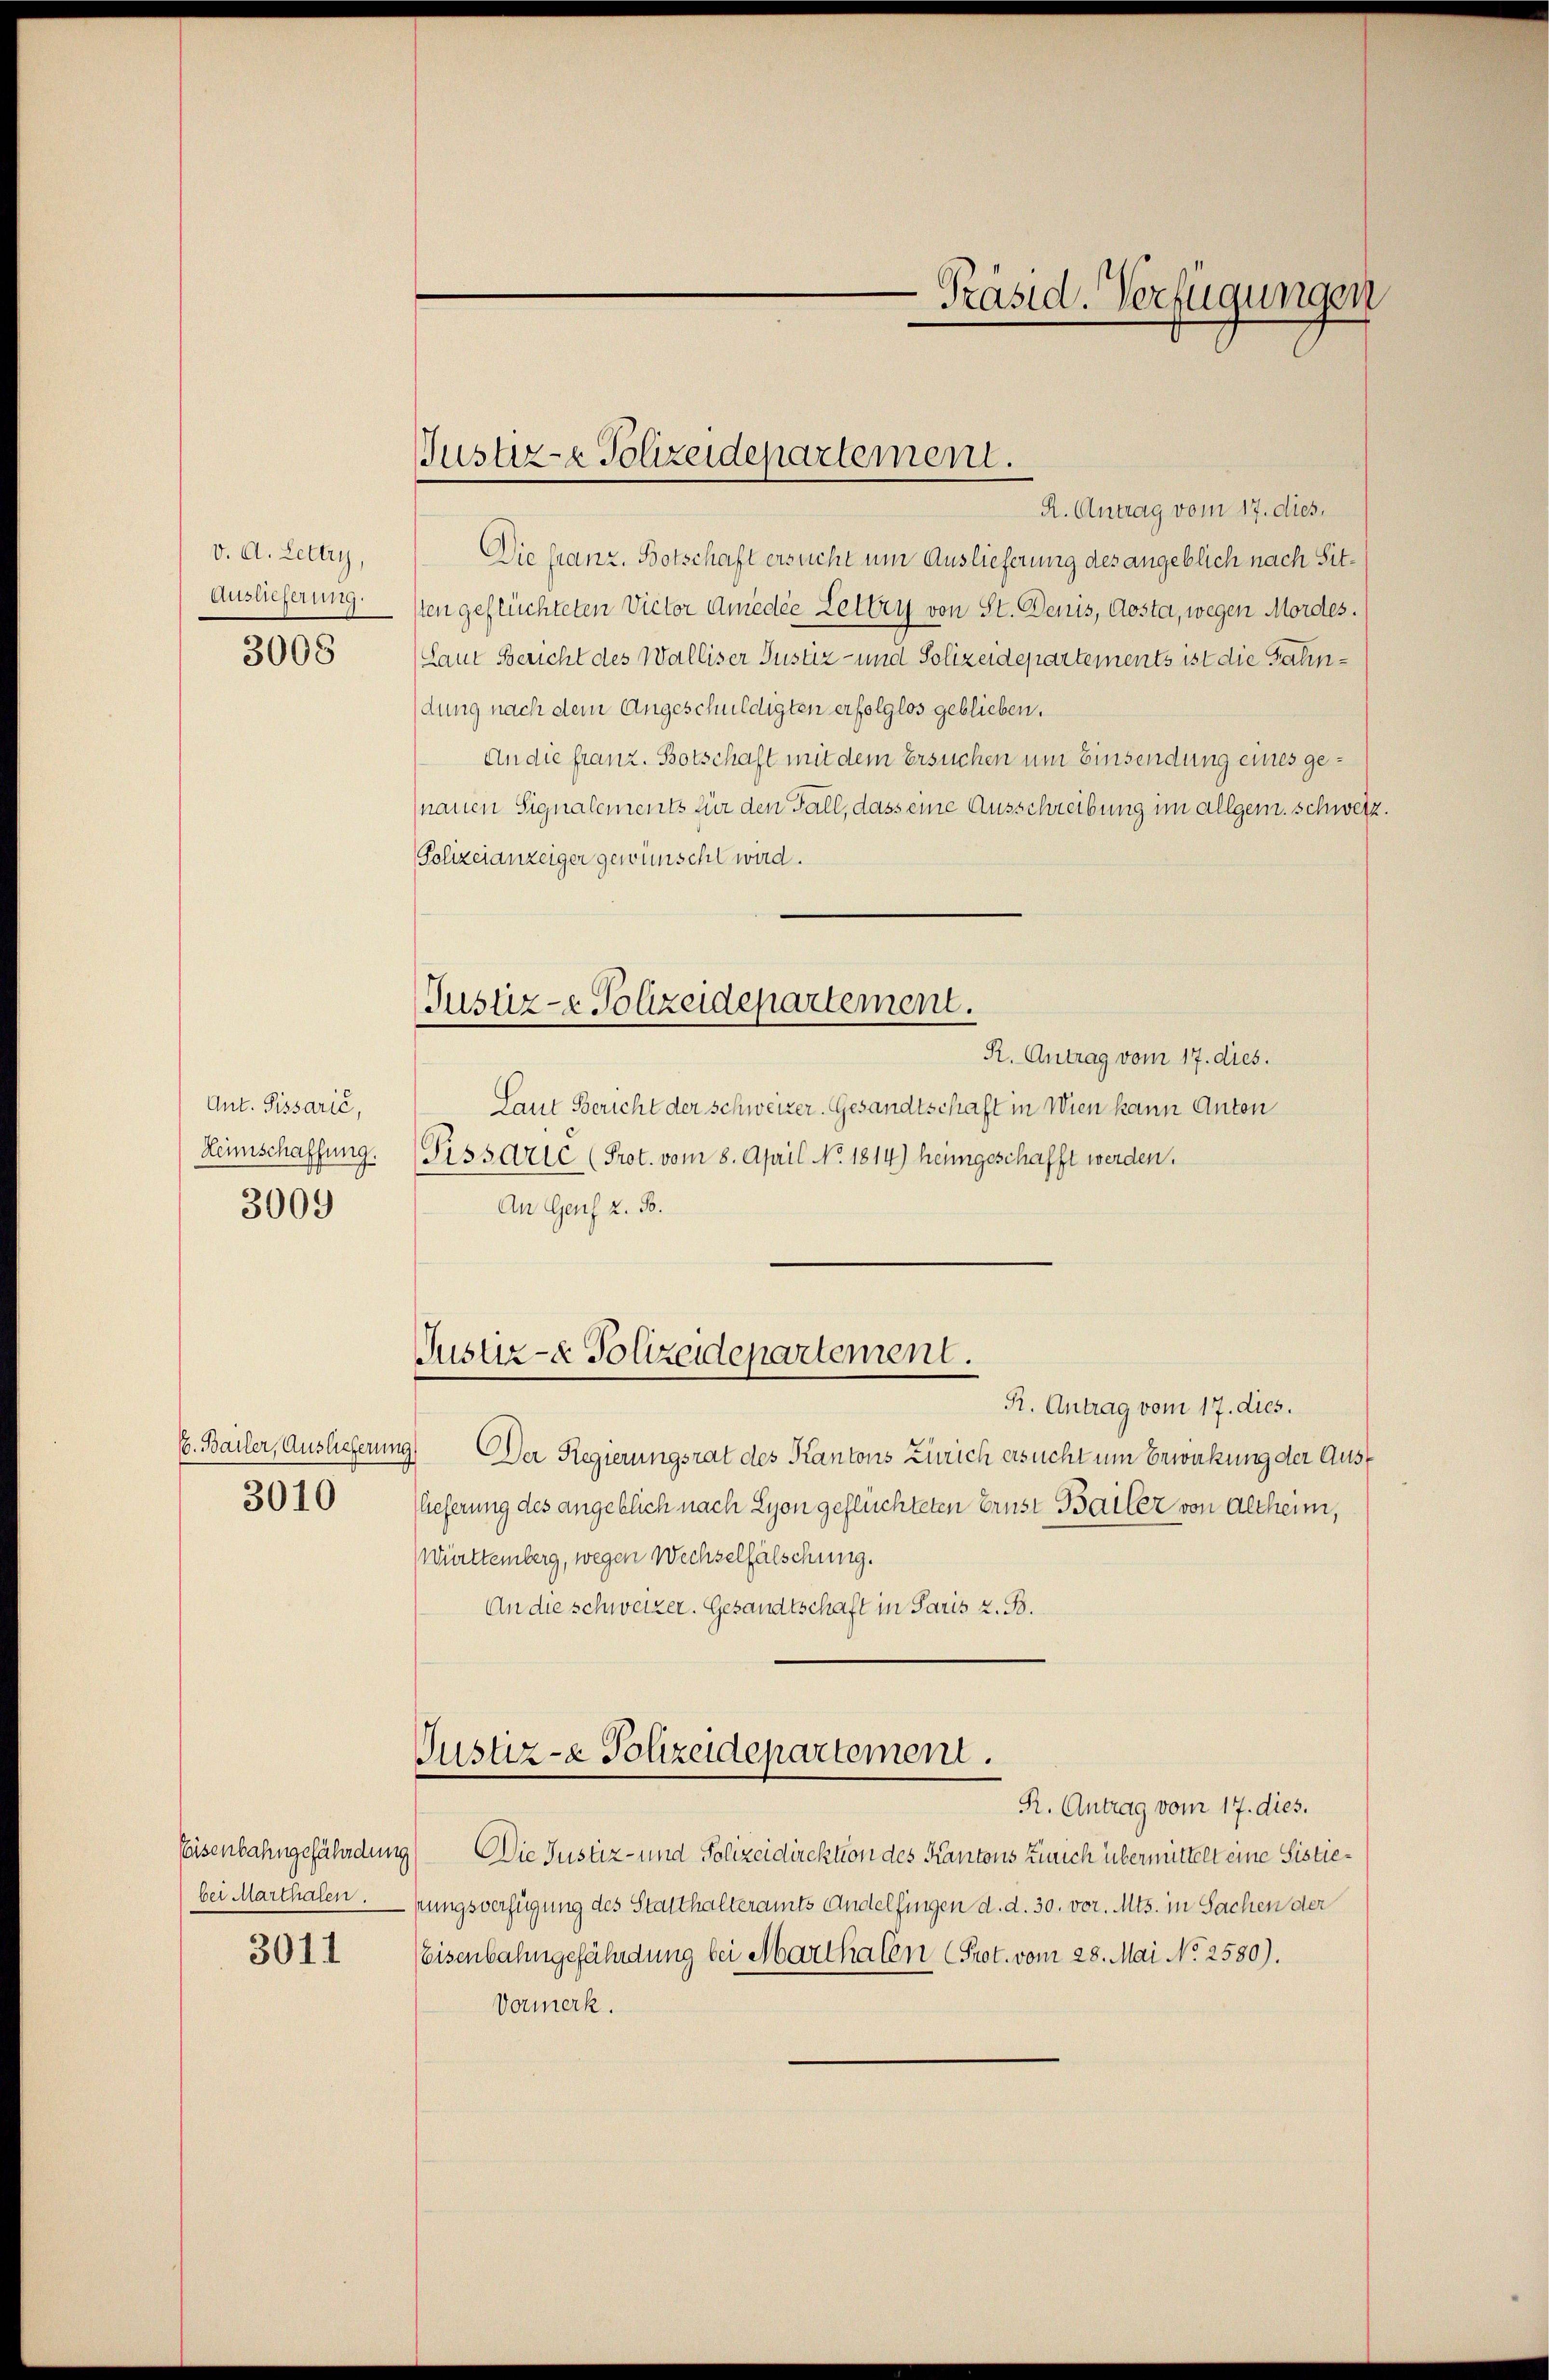
v. A. Lettry,
Auslieferung.
3008

Ant. Sissarić,
Heimschaffung.
3009

E. Bailer, Auslieferung
3010

bei Marthalen.

3011

Justiz- & Polizeidepartement.

Justiz-e Polizeidepartement.

H. Antrag vom 17. dies,
Die franz. Botschaft ersucht um Auslieferung des angeblich nach Sitsten geflüchteten Victor Amedie Lettry von St. Denis, Aosta, wegen Mordes.
(Laut Bericht des Walliser Justiz- und Polizeidepartements ist die Fahndung nach dem Angeschuldigten erfolglos geblieben.
An die franz. Botschaft mit dem Ersuchen um Einsendung eines ge¬
(nauen Signalements für den Fall, dass eine Ausschreibung im allgem. Schweiz
Polizeianzeiger gewünscht wird.
R. Antrag vom 17. dies.
Laut Bericht der Schweizer. Gesandtschaft in Wien kann Anton
Pissarie (Prot. vom 8. April No. 1814) heimgeschafft werden.
An Genf z. B.
Justiz- & Polizeidepartement.
R. Antrag vom 17. dies.
Der Regierungsrat des Kantons Zürich ersucht um Erwirkung der Ausf
Elieferung des angeblich nach Lyon geflüchteten Ernst Bailer von Altheim,
Württemberg, wegen Wechselfälschung.
An die schweizer. Gesandtschaft in Paris z. B.
Justiz- & Polizeidepartement.
R. Antrag vom 17. dies.
Eeisenbahngefährdung Die Justiz- und Polizeidirektion des Kantons Zürich übermittelt eine Sistiepungsverfügung des Statthalteramts Andelfingen d. d. 30. vor. Mts. in Sachen der
Eisenbahngefährdung bei Marthalen (Prot. vom 28. Mai No 2580).
Vormerk.

-Präsid. Verfügungen